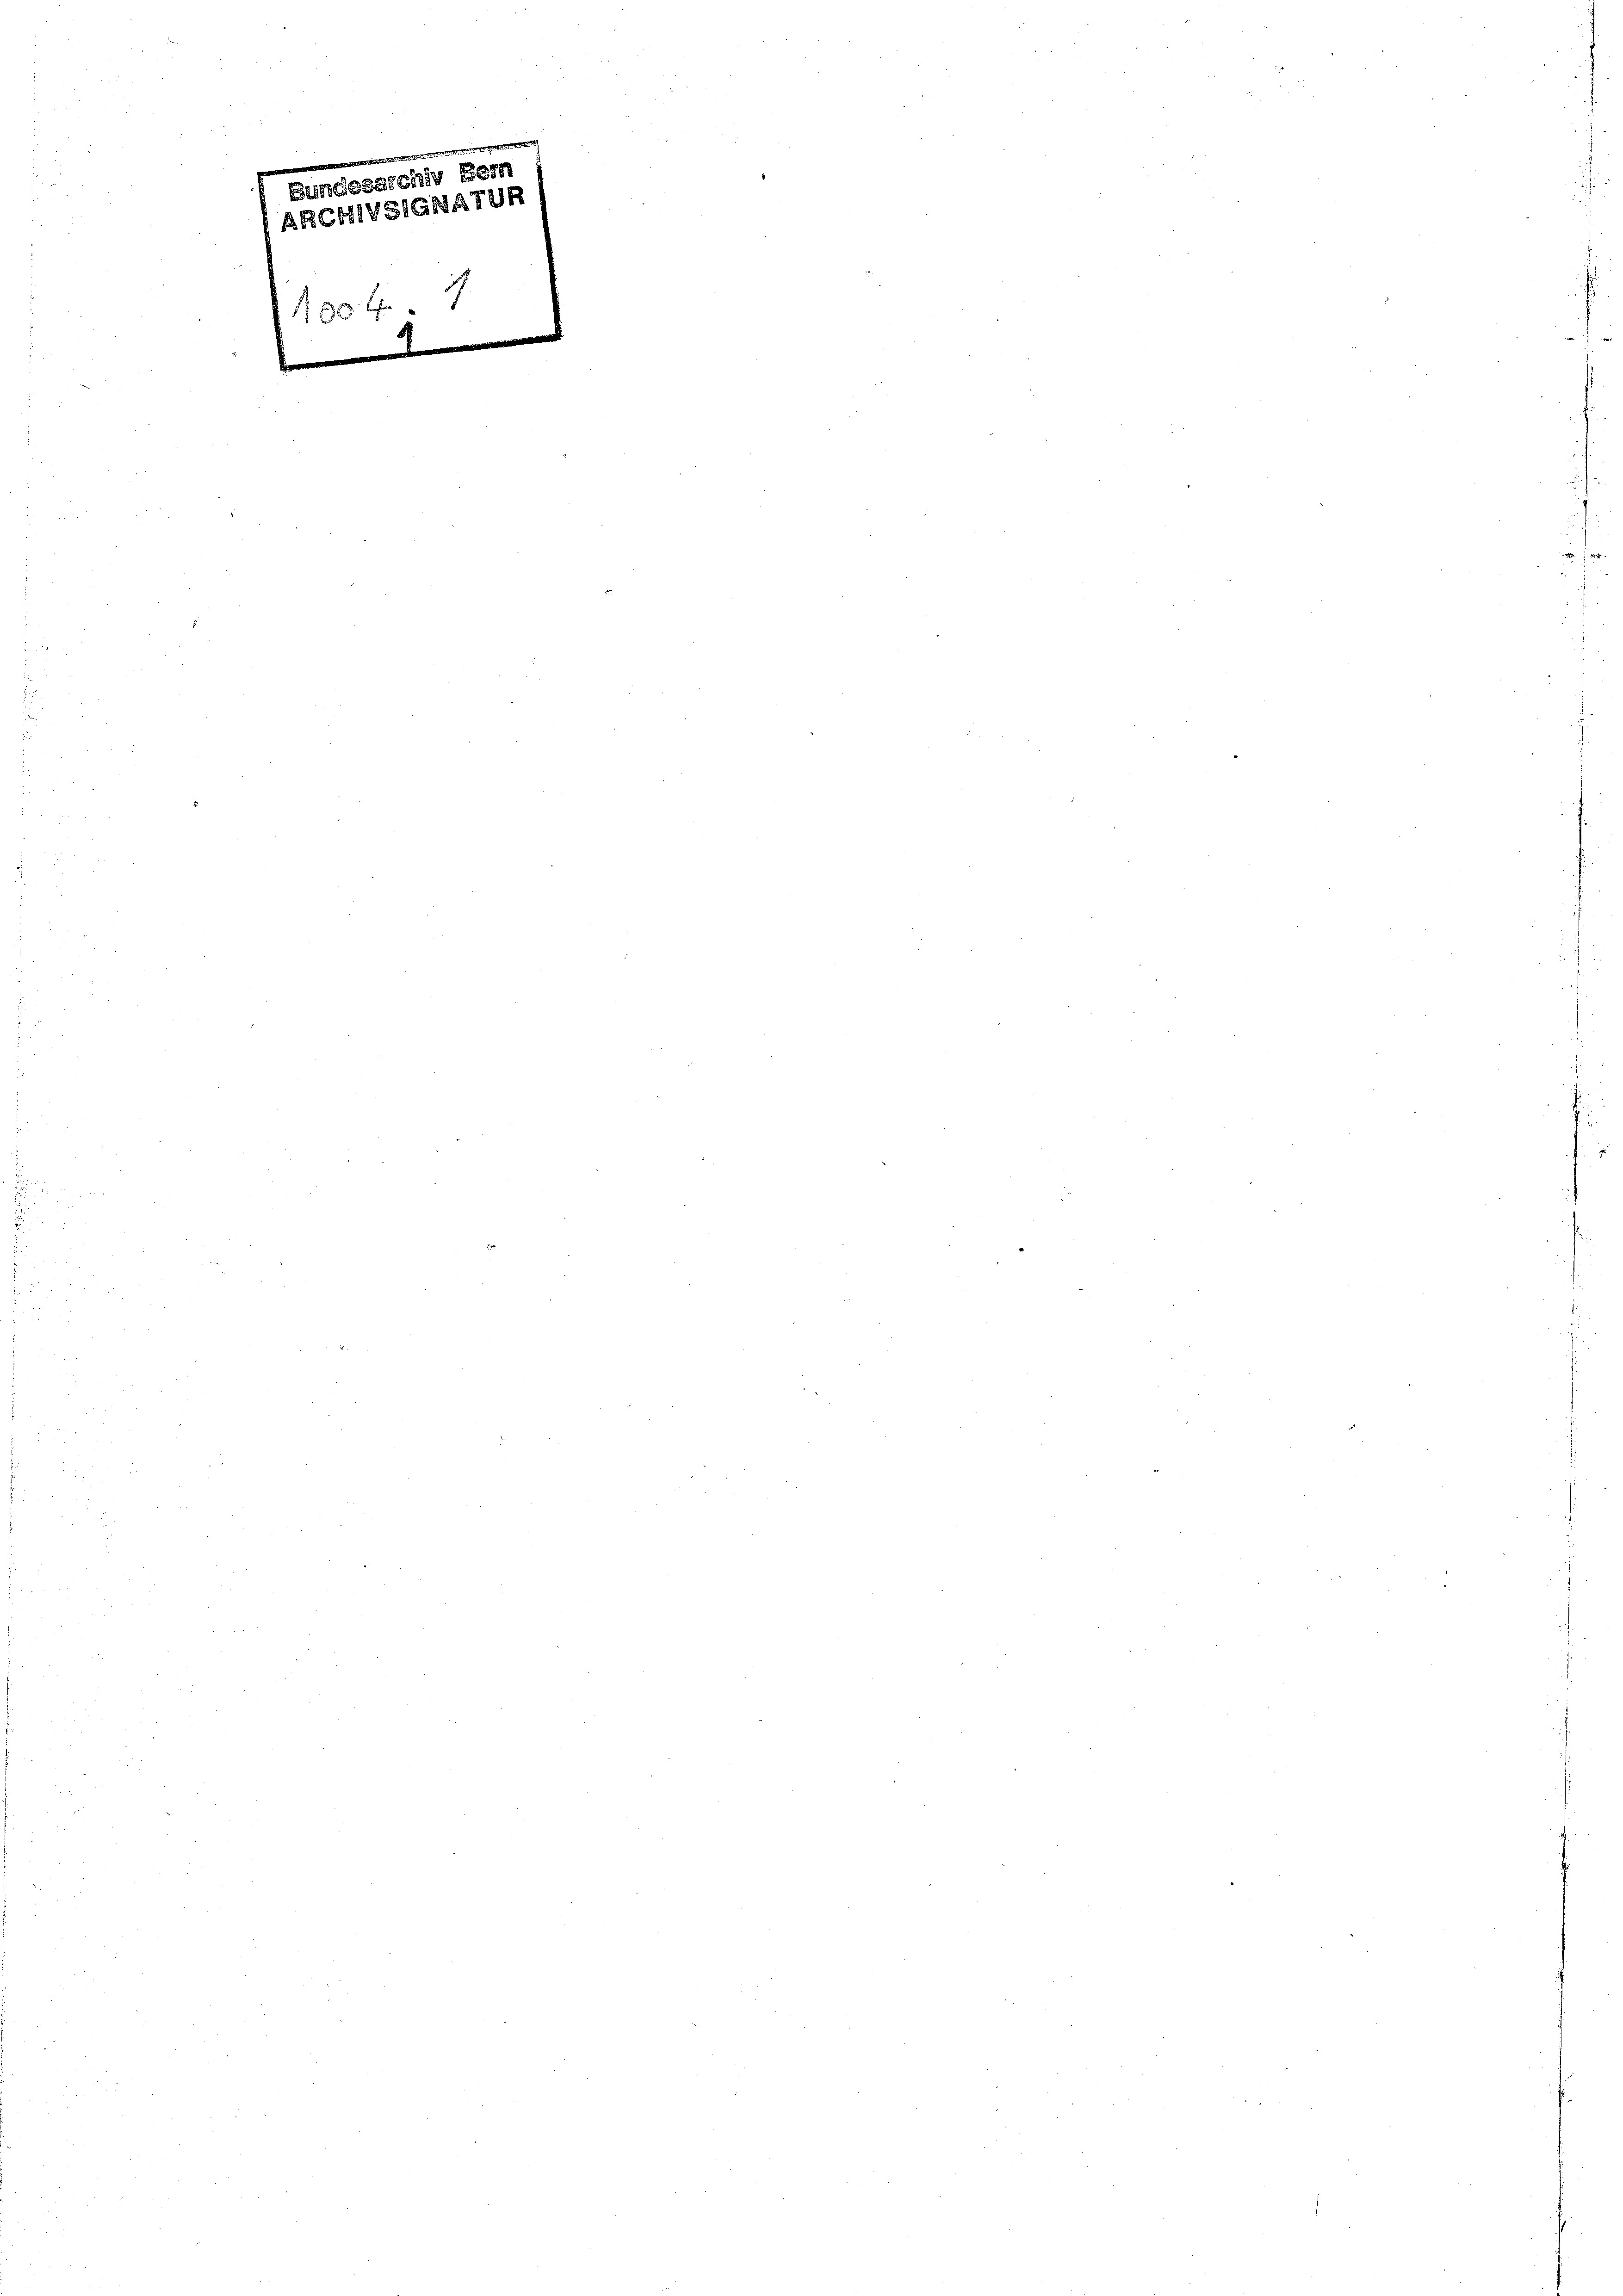
l

d
Bundesarchiv Bern
ARCHIVSIGNATUR

150 f